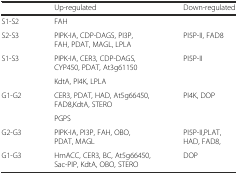
|  | Up-regulated | Down-regulated |
 | --- | --- | --- |
 | S1-S2 | FAH |  |
 | S2-S3 | PIPK-IA, CDP-DAGS, PI3P, FAH, PDAT, MAGL, LPLA | PI5P-II, FAD8 |
 | <ROWSPAN=2> S1-S3 | PIPK-IA, CER3, CDP-DAGS, CYP450, PDAT, At3g61150 | <ROWSPAN=2> PI5P-II |
 | KdtA, PI4K, LPLA |
 | <ROWSPAN=2> G1-G2 | CER3, PDAT, HAD, At5g66450, FAD8,KdtA, STERO | <ROWSPAN=2> PI4K, DOP |
 | PGPS |
 | G2-G3 | PIPK-IA, PI3P, FAH, OBO, PDAT, MAGL | PI5P-II,PLAT, HAD, FAD8, |
 | G1-G3 | HmACC, CER3, BC, At5g66450, Sac-PIP, KdtA, OBO, STERO | DOP |